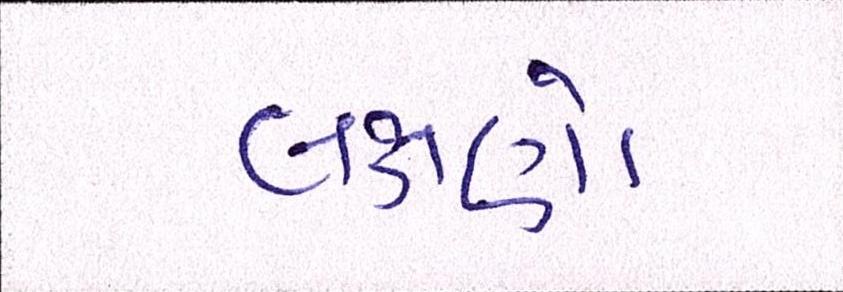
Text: લક્ષણો